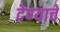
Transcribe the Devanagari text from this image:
देण्‍याचे